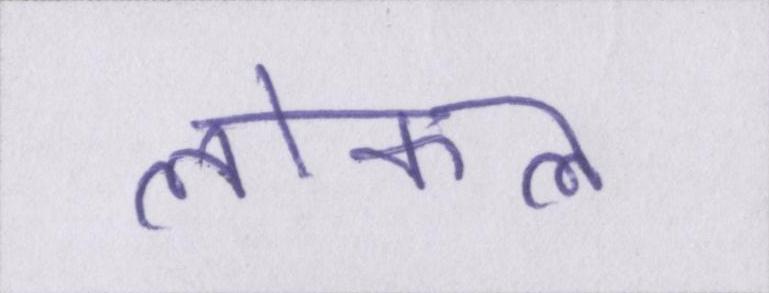
लोकल